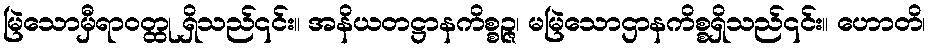
မြဲသောမှီရာဝတ္ထု ရှိသည်၎င်း။ အနိယတဋ္ဌာနကိစ္စဉ္ဇ၊ မမြဲသောဌာနကိစ္စရှိသည်၎င်း။ ဟောတိ၊